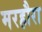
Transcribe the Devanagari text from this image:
मरहौरा